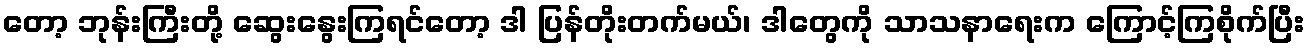
တော့ ဘုန်းကြီးတို့ ဆွေးနွေးကြရင်တော့ ဒါ ပြန်တိုးတက်မယ်၊ ဒါတွေကို သာသနာရေးက ကြောင့်ကြစိုက်ပြီး